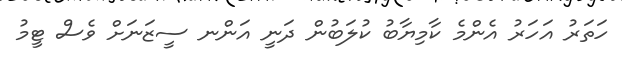
ހަތަރު އަހަރު އެންމެ ކާމިޔާބު ކުލަބުން ދަނީ އަންނ ސީޒަނަށް ވެސް ޓީމު